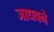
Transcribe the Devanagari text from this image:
जाधवने